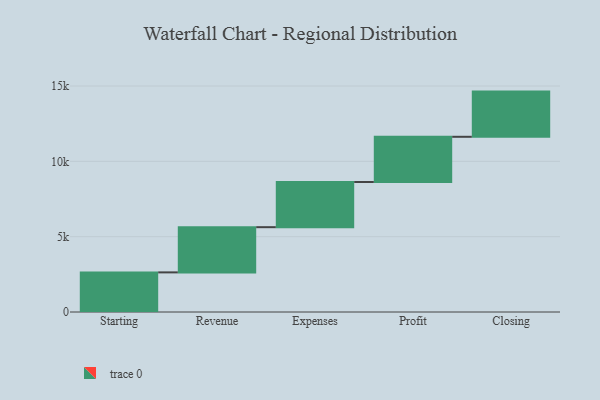
{"axis": {"x": "Step", "y": "Value"}, "legend": [""], "data": [{"x": "Starting", "y": 2630.0, "type": ""}, {"x": "Revenue", "y": 3000, "type": ""}, {"x": "Expenses", "y": 3000, "type": ""}, {"x": "Profit", "y": 3000, "type": ""}, {"x": "Closing", "y": 3000, "type": ""}]}